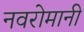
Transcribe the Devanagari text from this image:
नवरोमानी